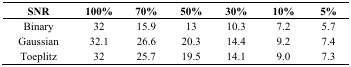
<table><thead><tr><td><b>SNR</b></td><td><b>100%</b></td><td><b>70%</b></td><td><b>50%</b></td><td><b>30%</b></td><td><b>10%</b></td><td><b>5%</b></td></tr></thead><tbody><tr><td>Binary</td><td>32</td><td>15.9</td><td>13</td><td>10.3</td><td>7.2</td><td>5.7</td></tr><tr><td>Gaussian</td><td>32.1</td><td>26.6</td><td>20.3</td><td>14.4</td><td>9.2</td><td>7.4</td></tr><tr><td>Toeplitz</td><td>32</td><td>25.7</td><td>19.5</td><td>14.1</td><td>9.0</td><td>7.3</td></tr></tbody></table>